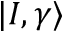
| I , \gamma \rangle